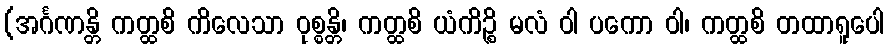
(အင်္ဂဏန္တိ ကတ္ထစိ ကိလေသာ ဝုစ္စန္တိ၊ ကတ္ထစိ ယံကိဉ္စိ မလံ ဝါ ပကော ဝါ၊ ကတ္ထစိ တထာရူပေါ